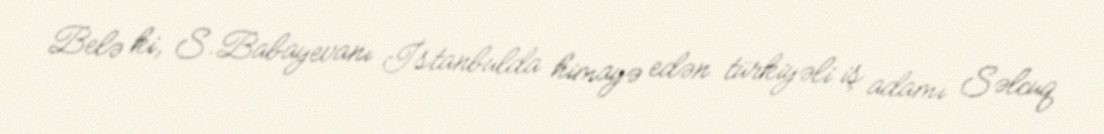
Belə ki, S.Babayevanı İstanbulda himayə edən türkiyəli iş adamı Səlcuq